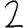
Digit: 2